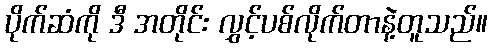
ပိုက်ဆံကို ဒီ အတိုင်း လွှင့်ပစ်လိုက်တာနဲ့တူသည်။